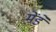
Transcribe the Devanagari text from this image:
मेंडे